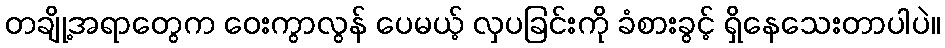
တချို့အရာတွေက ဝေးကွာလွန် ပေမယ့် လှပခြင်းကို ခံစားခွင့် ရှိနေသေးတာပါပဲ။